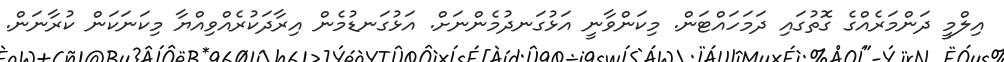
އިލްމީ ދަންމަރެއްގެ ގޮތުގައި ދަމަހައްޓަން. މިކަންވާނީ އަޅުގަނދުމެންނަށް. އަޅުގަނޑުމެން އިރާދަކުރެއްވިއްޔާ މިކަނަކަން ކުރާނަން.